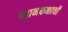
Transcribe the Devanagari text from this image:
ध्यानकक्षाची